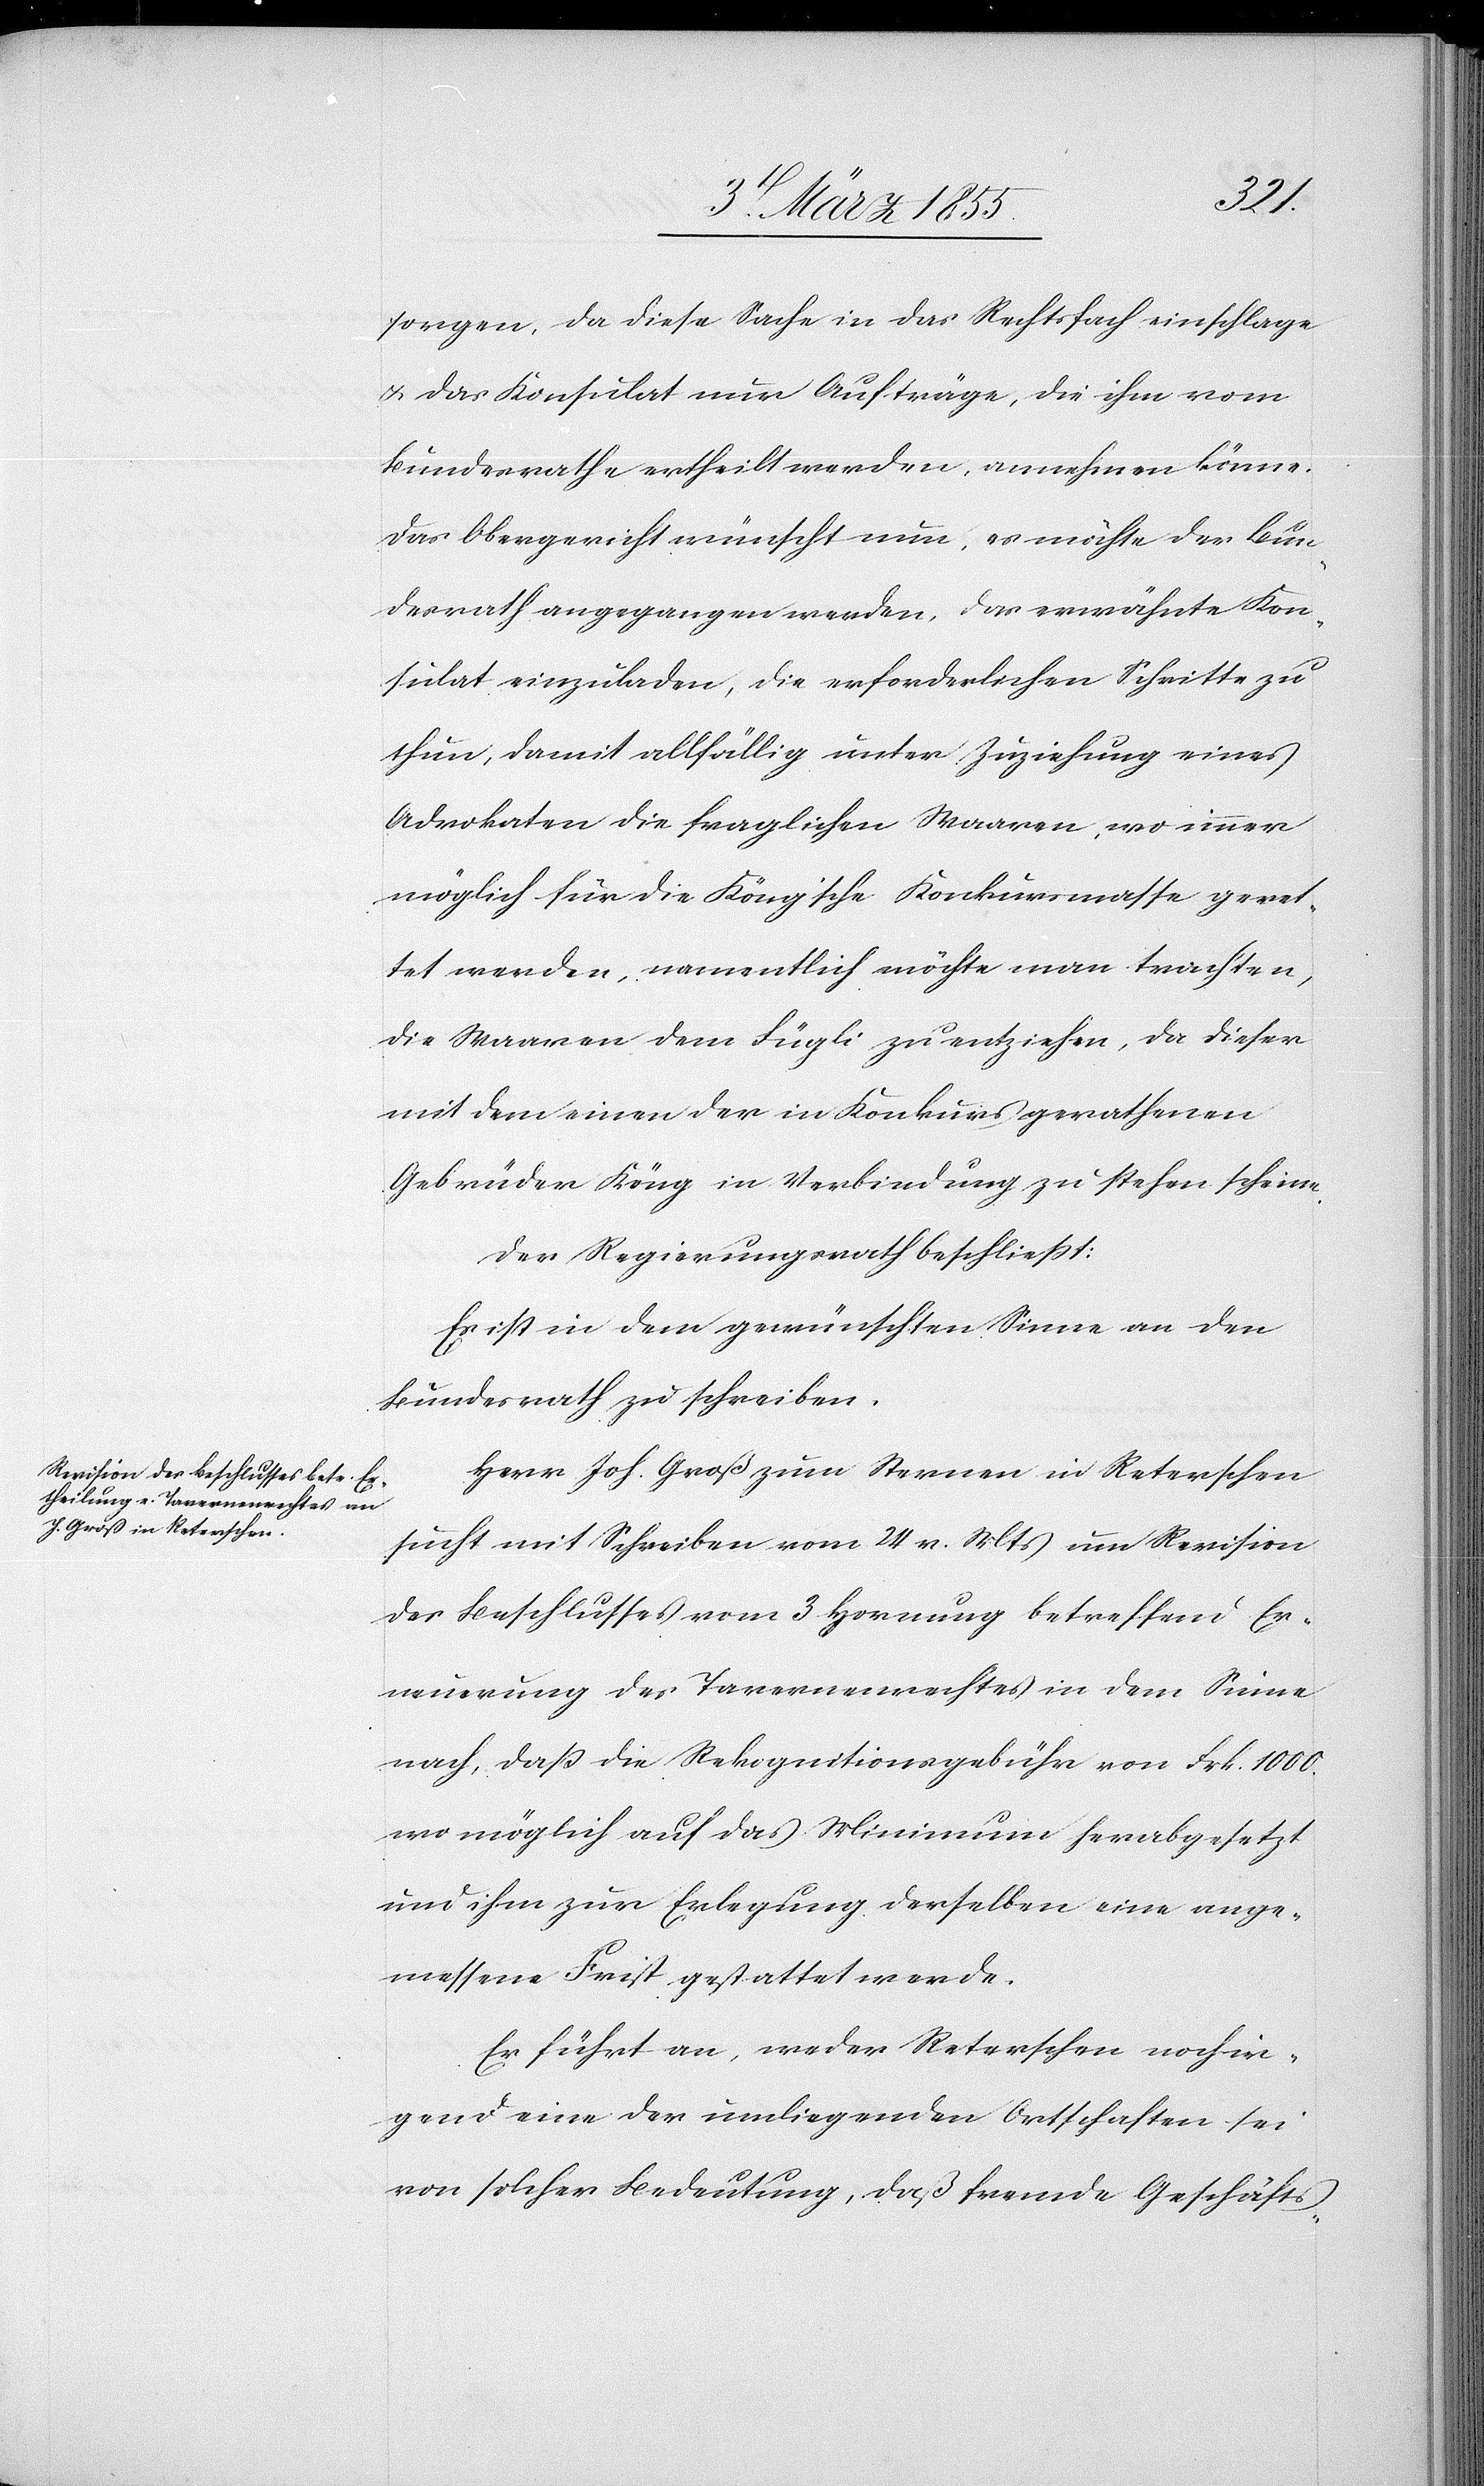
sorgen, da diese Sache in das Rechtsfach einschlage
& das Konsulat nur Aufträge, die ihm vom
Bundesrathe ertheilt werden, annehmen könne.
Das Obergericht wünscht nun, es möchte der Bun¬
desrath angegangen werden, das erwähnte Kon¬
sulat einzuladen, die erforderlichen Schritte zu
thun, damit allfällig unter Zuziehung eines
Advokaten die fraglichen Waaren, wo immer
möglich für die Köng’sche Konkursmasse geret¬
tet werden, namentlich möchte man trachten,
die Waaren dem Fügli zu entziehen, da dieser
mit dem einen der in Konkurs gerathenen
Gebrüder Köng in Verbindung zu stehen scheine.
Der Regierungsrath beschliesst:
Es ist in dem gewünschten Sinne an den
Bundesrath zu schreiben.
Herr Joh. Groß zum Sternen in Reterschen
sucht mit Schreiben vom 24 v. Mts um Revision
des Beschlusses vom 3 Hornung betreffend Er¬
neuerung des Tavernenrechtes in dem Sinne
nach, daß die Rekognitionsgebühr von Frk. 1000.
wo möglich auf das Minimum herabgesetzt
und ihm zur Erlegung derselben eine ange¬
messene Frist gestattet werde.
Er führt an, weder Reterschen noch ir¬
gend eine der umliegenden Ortschaften sei
von solcher Bedeutung, daß fremde Geschäfts-